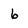
Character: 6